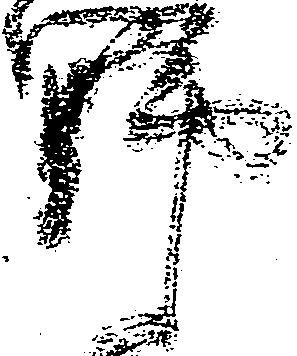
野